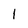
Character: 1